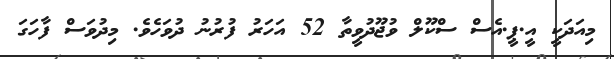
މިއަދަކީ އީ.ޕީ.އެސް ސްކޫލް ވުޖޫދުވީތާ 52 އަހަރު ފުރުނު ދުވަހެވެ. މިދުވަސް ފާހަގަ